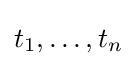
t_{1},\ldots ,t_{n}